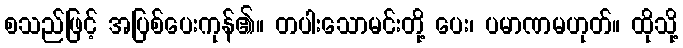
စသည်ဖြင့် အပြစ်ပေးကုန်၏။ တပါးသောမင်းတို့ ပေး၊ ပမာဏမဟုတ်။ ထိုသို့